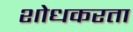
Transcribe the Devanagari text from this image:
शोधकरता